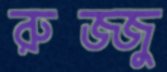
রুজ্জু